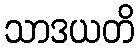
သာဒယတိ